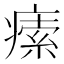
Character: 𤸴